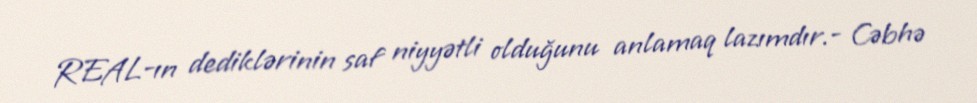
REAL-ın dediklərinin saf niyyətli olduğunu anlamaq lazımdır.- Cəbhə